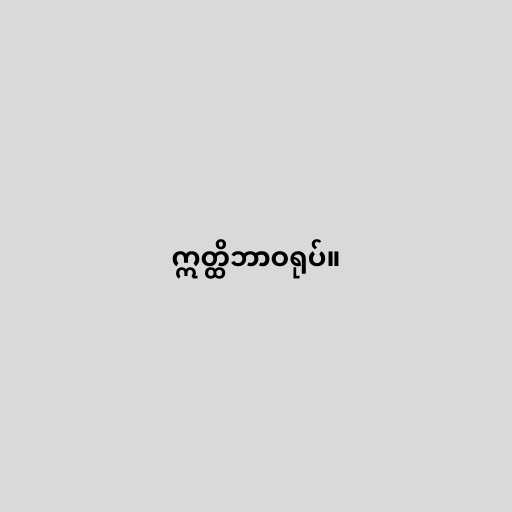
ဣတ္ထိဘာဝရုပ်။